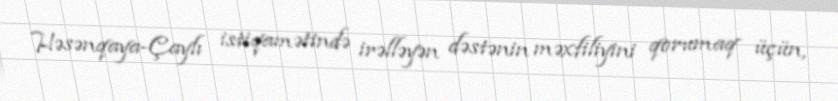
Həsənqaya-Çaylı istiqamətində irəlləyən dəstənin məxfiliyini qorumaq üçün,